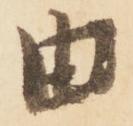
由